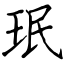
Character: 珉